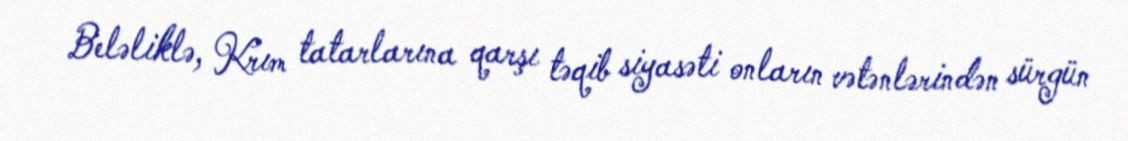
Beləliklə, Krım tatarlarına qarşı təqib siyasəti onların vətənlərindən sürgün